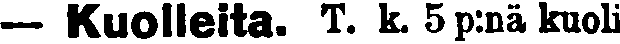
— Kuolleita. T. k. 5 p:nä kuoli